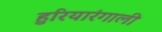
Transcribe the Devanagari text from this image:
हुरियारंगाली